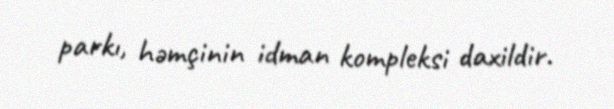
parkı, həmçinin idman kompleksi daxildir.